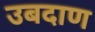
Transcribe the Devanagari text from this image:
उबदाण